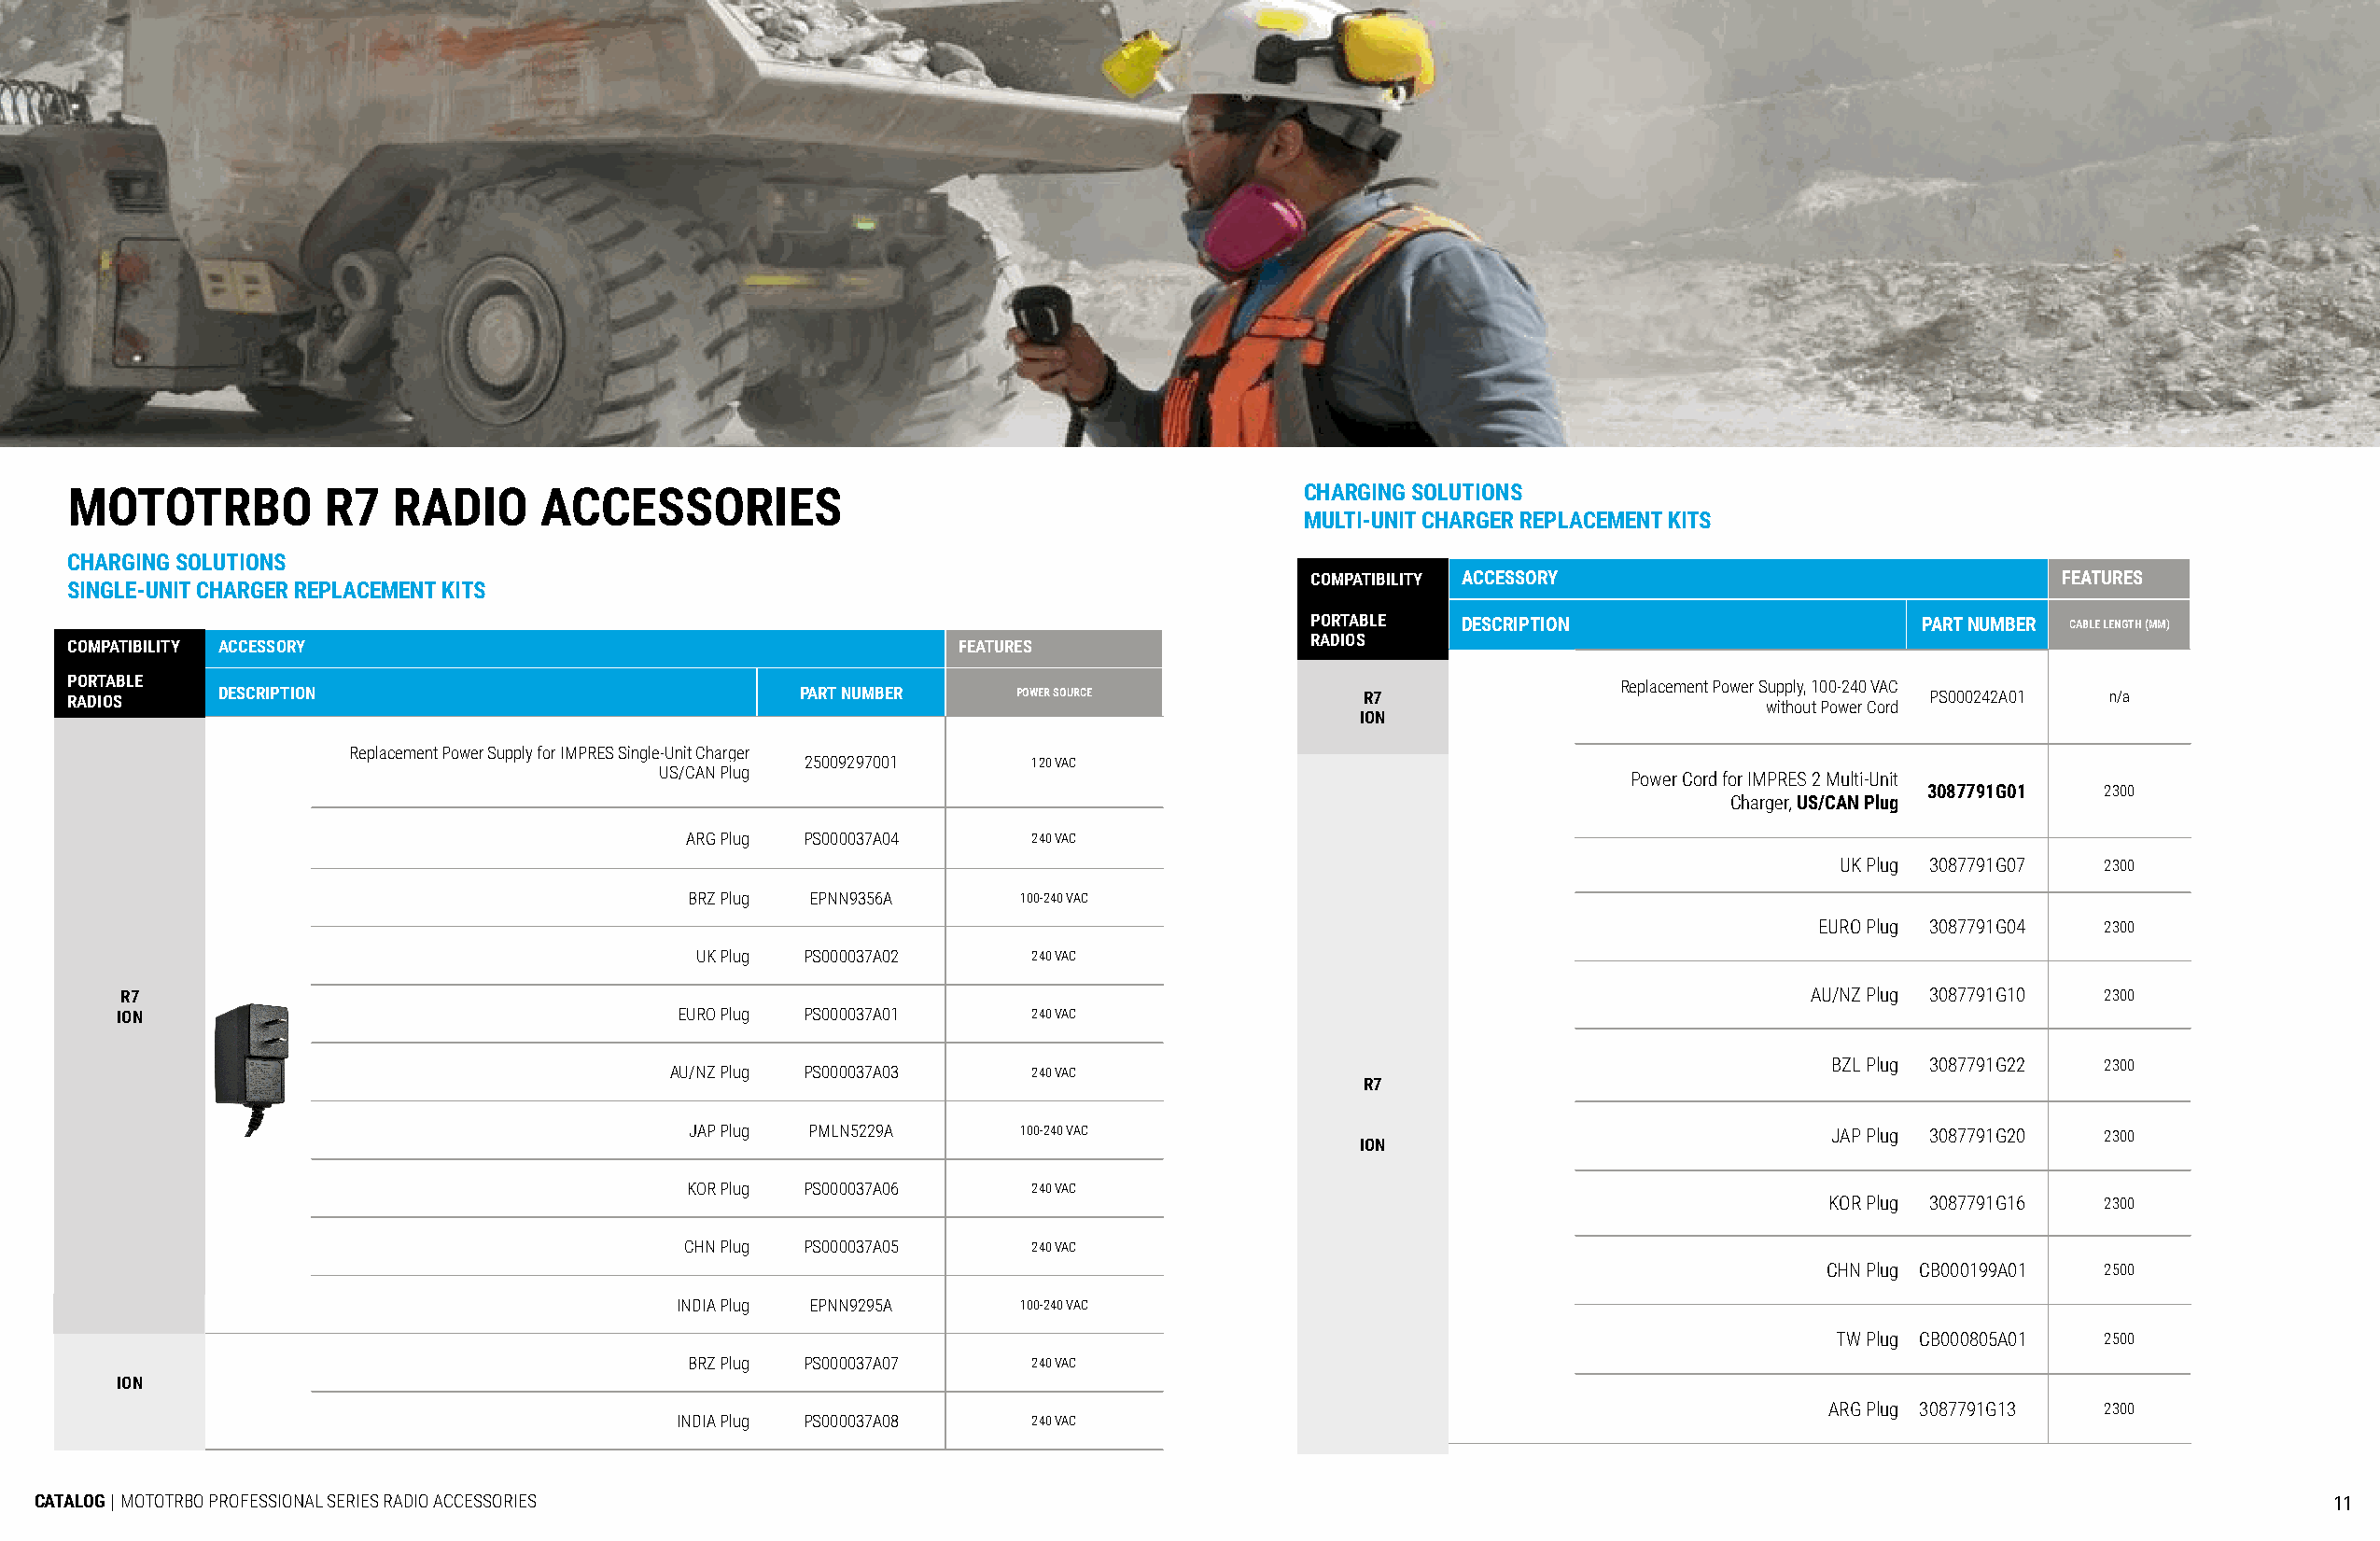
MOTOTRBO          R7   RADIO     ACCESSORIES                                           CHARGING SOLUTIONS
 MULTI-UNIT CHARGER REPLACEMENT KITS
 CHARGING SOLUTIONS
 COMPATIBILITY ACCESSORY                              FEATURES
 SINGLE-UNIT CHARGER REPLACEMENT KITS
 PORTABLE   DESCRIPTION                     PART NUMBER CABLE LENGTH (MM)
 RADIOS
 COMPATIBILITY ACCESSORY                                        FEATURES
 PORTABLE
 RADIOS    DESCRIPTION                               PART NUMBER    POWER SOURCE             R7                Replacement Power Supply, 100-240 VAC PS000242A01 n/a
 without Power Cord
 ION
 Replacement Power Supply for IMPRES Single-Unit Charger
 25009297001     120 VAC
 US/CAN Plug                                                          Power Cord for IMPRES 2 Multi-Unit
 3087791G01  2300
 Charger, US/CAN Plug
 ARG Plug PS000037A04    240 VAC
 UK Plug 3087791G07 2300
 BRZ Plug EPNN9356A     100-240 VAC
 EURO Plug 3087791G04 2300
 UK Plug PS000037A02     240 VAC
 R7                                                                                                                     AU/NZ Plug 3087791G10 2300
 ION                                     EURO Plug PS000037A01    240 VAC
 BZL Plug 3087791G22 2300
 AU/NZ Plug PS000037A03   240 VAC
 R7
 JAP Plug PMLN5229A     100-240 VAC                                               JAP Plug 3087791G20 2300
 ION
 KOR Plug PS000037A06    240 VAC
 KOR Plug 3087791G16 2300
 CHN Plug PS000037A05    240 VAC
 CHN Plug CB000199A01 2500
 INDIA Plug EPNN9295A    100-240 VAC
 TW Plug CB000805A01 2500
 BRZ Plug PS000037A07    240 VAC
 ION
 ARG Plug 3087791G13 2300
 INDIA Plug PS000037A08   240 VAC
 CATALOG | MOTOTRBO PROFESSIONAL SERIES RADIO ACCESSORIES                                                                                                            11